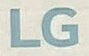
LG